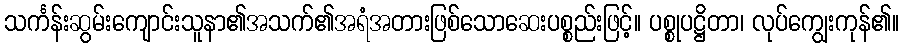
သင်္ကန်းဆွမ်းကျောင်းသူနာ၏အသက်၏အရံအတားဖြစ်သောဆေးပစ္စည်းဖြင့်။ ပစ္စုပဋ္ဌိတာ၊ လုပ်ကျွေးကုန်၏။